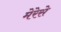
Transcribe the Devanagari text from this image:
मेरेसे